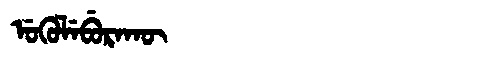
Manchu: ᡠᡴᡠᠯᡝᠪᡠᡵᠠᡴᡡ
Romanization: UKULEBURAKŪ